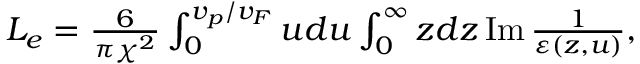
\begin{array} { r } { L _ { e } = \frac { 6 } { \pi \chi ^ { 2 } } \int _ { 0 } ^ { v _ { p } / v _ { F } } u d u \int _ { 0 } ^ { \infty } z d z \operatorname { I m } \frac { 1 } { \varepsilon ( z , u ) } , } \end{array}